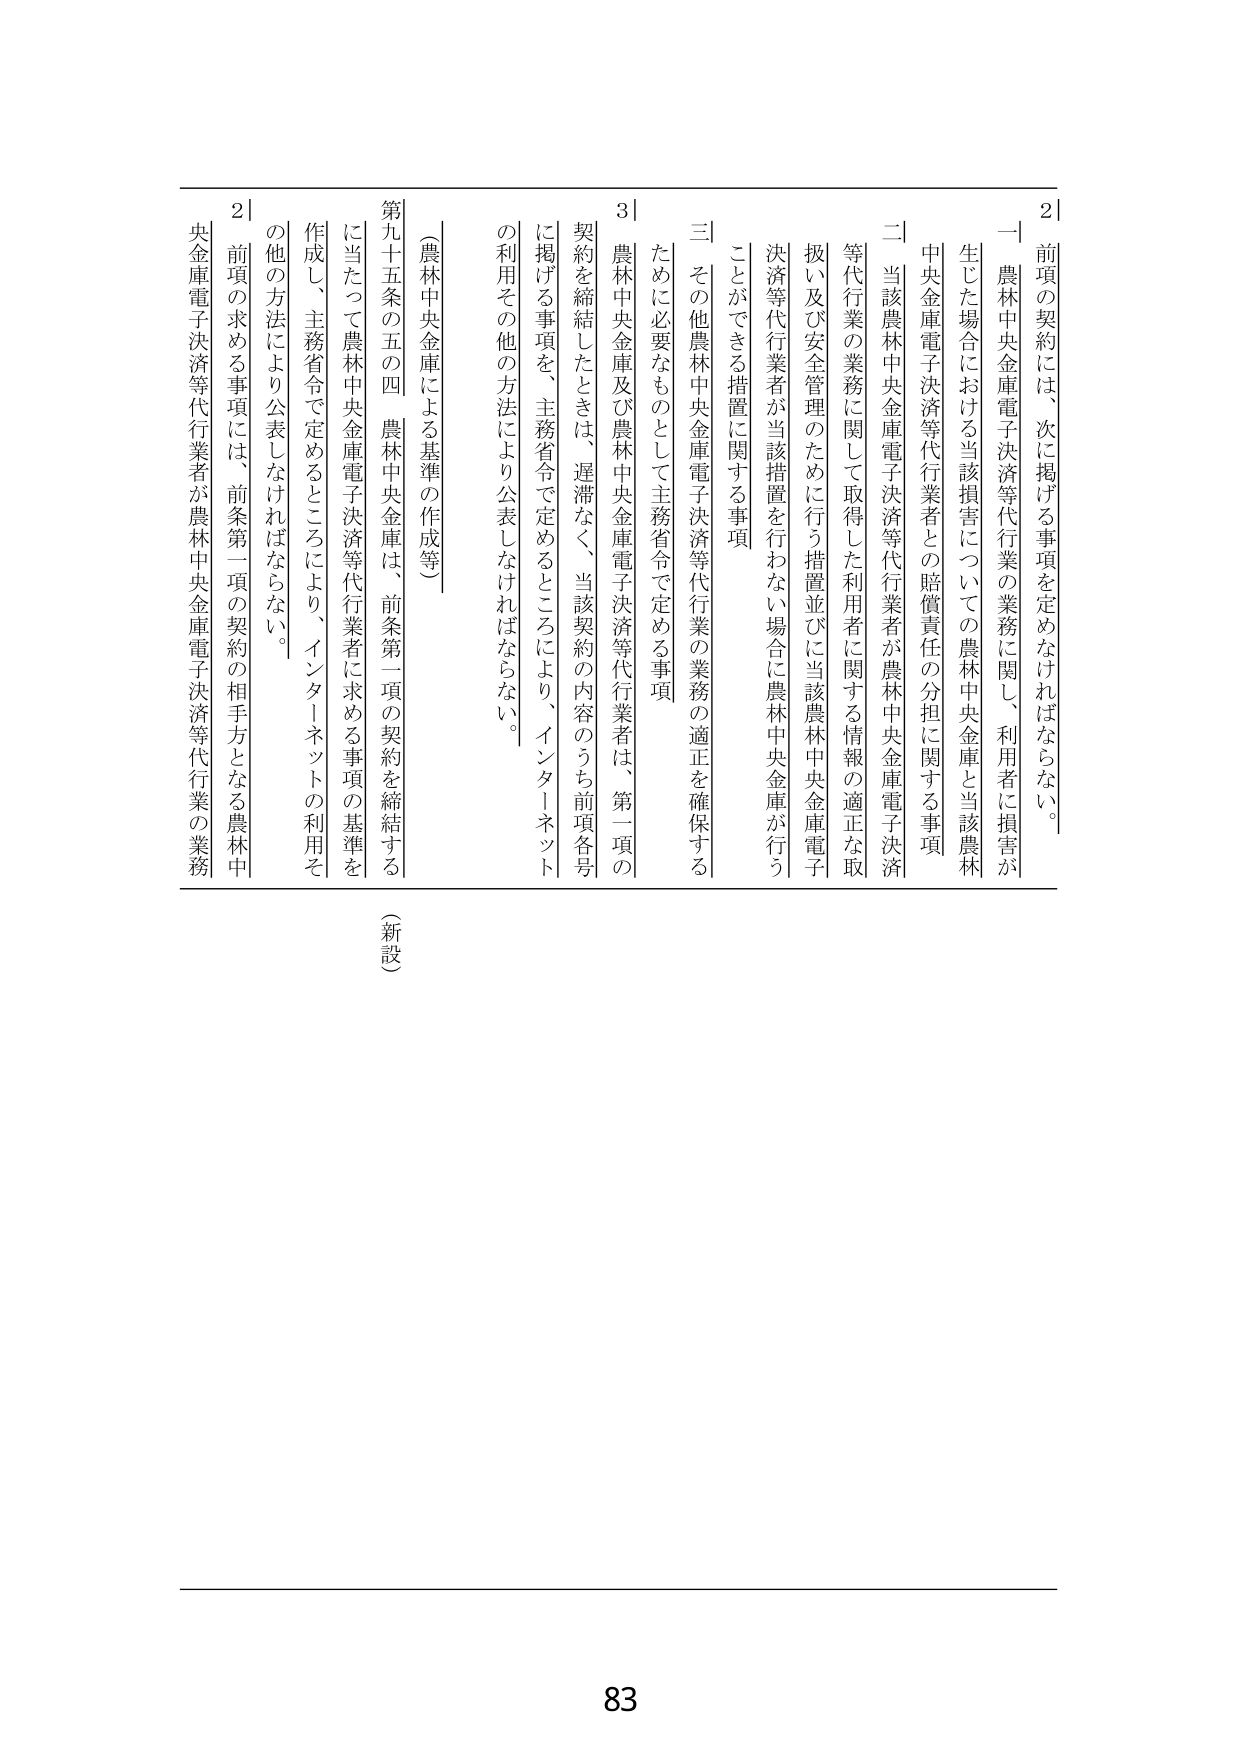
2 前項の契約には、次に掲げる事項を定めなければならない。
一 農林中央金庫電子決済等代行業の業務に関し、利用者に損害が生じた場合における当該損害についての農林中央金庫と当該農林中央金庫電子決済等代行業者との賠償責任の分担に関する事項
二 当該農林中央金庫電子決済等代行業者が農林中央金庫電子決済等代行業の業務に関して取得した利用者に関する情報の適正な取扱い及び安全管理のために行う措置並びに当該農林中央金庫電子決済等代行業者が当該措置を行わない場合に農林中央金庫が行うことができる措置に関する事項
三 その他農林中央金庫電子決済等代行業の業務の適正を確保するために必要なものとして主務省令で定める事項
3 農林中央金庫及び農林中央金庫電子決済等代行業者は、第一項の契約を締結したときは、遅滞なく、当該契約の内容のうち前項各号に掲げる事項を、主務省令で定めるところにより、インターネットの利用その他の方法により公表しなければならない。
（農林中央金庫による基準の作成等）
第九十五条の五の四 農林中央金庫は、前条第一項の契約を締結するに当たって農林中央金庫電子決済等代行業者に求める事項の基準を作成し、主務省令で定めるところにより、インターネットの利用その他の方法により公表しなければならない。
2 前項の求める事項には、前条第一項の契約の相手方となる農林中央金庫電子決済等代行業者が農林中央金庫電子決済等代行業の業務
（新設）
83